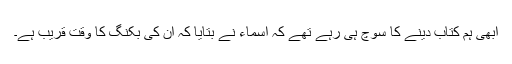
ابھی ہم کتاب دینے کا سوچ ہی رہے تھے کہ اسماء نے بتایا کہ ان کی بکنگ کا وقت قریب ہے۔